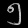
Digit: ၅